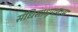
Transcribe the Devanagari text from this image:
संधिसाधूपणास